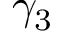
\gamma _ { 3 }